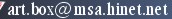
art.box@msa.hinet.net